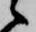
候